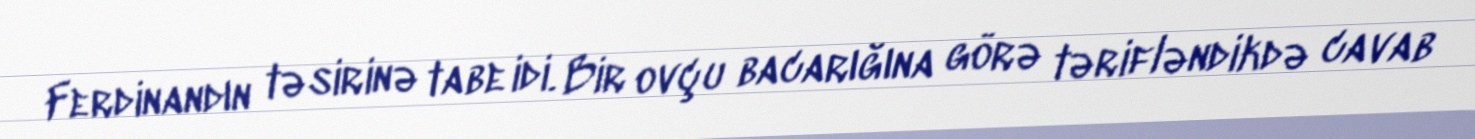
Ferdinandın təsirinə tabe idi. Bir ovçu bacarığına görə tərifləndikdə cavab